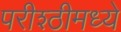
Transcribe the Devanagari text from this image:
परीश्ठीमध्ये